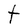
Character: t